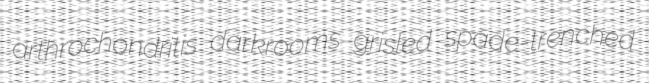
arthrochondritis darkrooms grisled spade-trenched